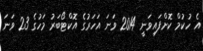
އެ ހުކުމް ކޮށްފައިވަނީ 2014 ވަނަ އަހަރުގެ އޮކްޓޯބަރު މަހުގެ 23 ވަނަ